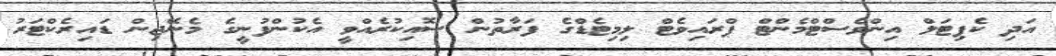
އަދި ކެޕިޓަލް އިންވެސްޓްމެންޓް ޕްރައިވެޓް ލިމިޓެޑްގެ ފަރާތުން ސޮއިކުރެއްވީ އެކުންފުނީގެ މެނޭޖިން ޑައިރެކްޓަރު